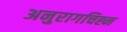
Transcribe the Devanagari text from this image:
अनुरागचिह्न